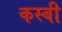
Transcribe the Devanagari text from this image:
कस्बी